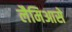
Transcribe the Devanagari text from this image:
लैमिआसे